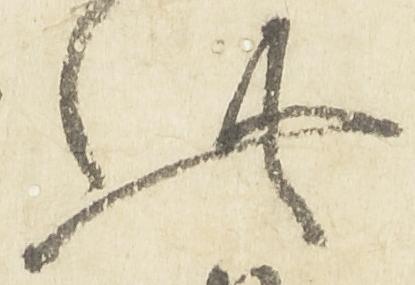
此